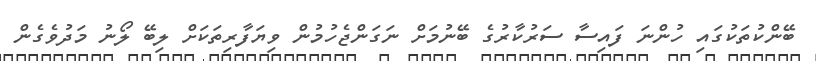
ބޭންކުތަކުގައި ހުންނަ ފައިސާ ސަރުކާރުގެ ބޭނުމަށް ނަގަންޖެހުމުން ވިޔަފާރިތަކަށް ލިބޭ ލޯނު މަދުވެގެން